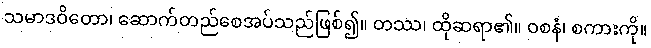
သမာဒဝိတော၊ ဆောက်တည်စေအပ်သည်ဖြစ်၍။ တဿ၊ ထိုဆရာ၏။ ဝစနံ၊ စကားကို။